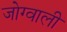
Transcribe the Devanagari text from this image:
जोग्वाली